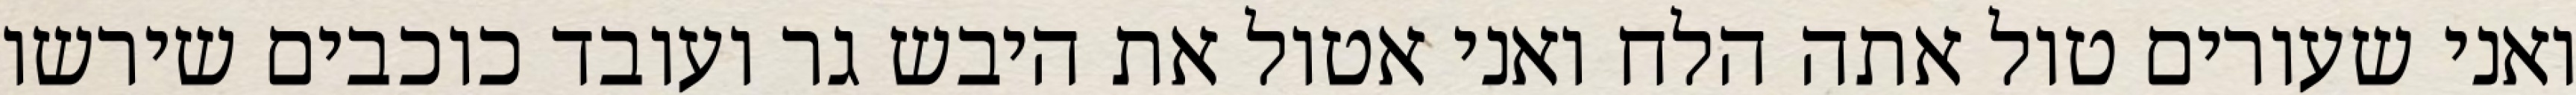
ואני שעורים טול אתה הלח ואני אטול את היבש גר ועובד כוכבים שירשו